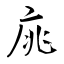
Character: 庣